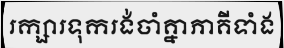
រក្សារទុករង់ចាំគ្នាភាគីទាំង